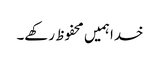
خدا ہمیں محفوظ رکھے۔